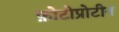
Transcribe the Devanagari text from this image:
फ़ोटोप्रोटीन